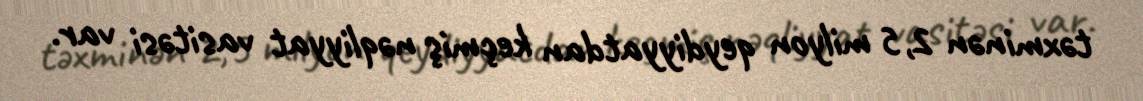
təxminən 2,5 milyon qeydiyyatdan keçmiş nəqliyyat vasitəsi var.